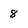
Character: 8